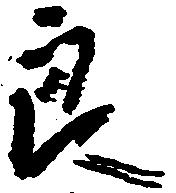
良